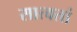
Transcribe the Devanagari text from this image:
सात्वतां